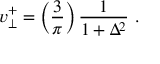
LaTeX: v _ { \perp } ^ { + } = \left( { \frac { 3 } { \pi } } \right) { \frac { 1 } { 1 + \Delta ^ { 2 } } } \ .